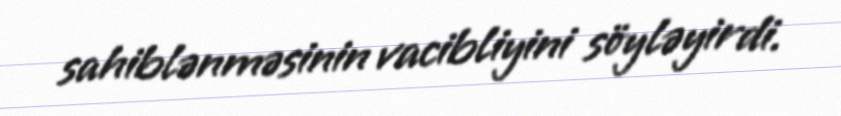
sahiblənməsinin vacibliyini söyləyirdi.